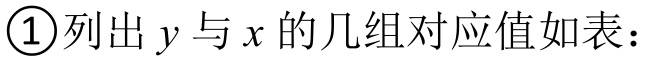
\textcircled{1}列出\(y\)与\(x\)的几组对应值如表：